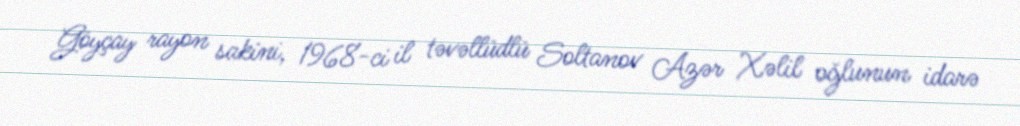
Göyçay rayon sakini, 1968-ci il təvəllüdlü Soltanov Azər Xəlil oğlunun idarə